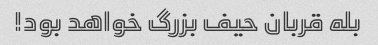
بله قربان حیف بزرگ خواهد بود!